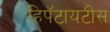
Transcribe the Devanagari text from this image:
हिपॅटायटीस